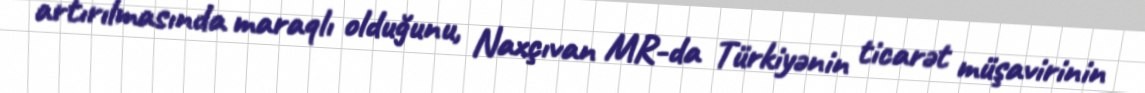
artırılmasında maraqlı olduğunu, Naxçıvan MR-da Türkiyənin ticarət müşavirinin